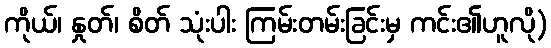
ကိုယ်၊ နှုတ်၊ စိတ် သုံးပါး ကြမ်းတမ်းခြင်းမှ ကင်း၏ဟူလို)